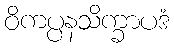
ဝိကပ္ပနသိက္ခာပဒံ